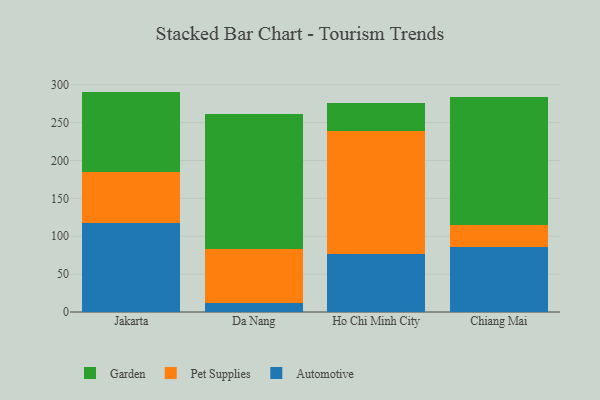
{"axis": {"x": "City", "y": "Churn Rate (%)"}, "legend": ["Automotive", "Garden", "Pet Supplies"], "data": [{"x": "Jakarta", "y": 117.3, "type": "Automotive"}, {"x": "Jakarta", "y": 68.0, "type": "Pet Supplies"}, {"x": "Jakarta", "y": 105.6, "type": "Garden"}, {"x": "Da Nang", "y": 11.3, "type": "Automotive"}, {"x": "Da Nang", "y": 72.5, "type": "Pet Supplies"}, {"x": "Da Nang", "y": 178.0, "type": "Garden"}, {"x": "Ho Chi Minh City", "y": 76.6, "type": "Automotive"}, {"x": "Ho Chi Minh City", "y": 162.6, "type": "Pet Supplies"}, {"x": "Ho Chi Minh City", "y": 36.6, "type": "Garden"}, {"x": "Chiang Mai", "y": 85.8, "type": "Automotive"}, {"x": "Chiang Mai", "y": 28.9, "type": "Pet Supplies"}, {"x": "Chiang Mai", "y": 169.4, "type": "Garden"}]}